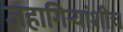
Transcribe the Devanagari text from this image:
जहागिर्‍यांशीच